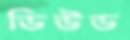
ডিউড